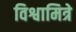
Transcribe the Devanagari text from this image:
विश्वामित्रे